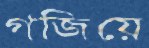
গজিয়ে